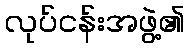
လုပ်ငန်းအဖွဲ့၏